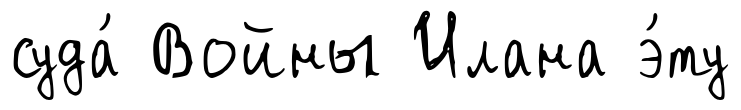
суда́ Войны Илана э́ту